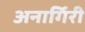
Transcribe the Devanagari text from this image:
अनार्गिरी